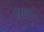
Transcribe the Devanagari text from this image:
साक्षाद्